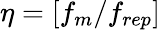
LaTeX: \eta=[f_{m}/f_{rep}]